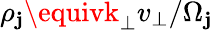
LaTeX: \rho_{\mathbf{j}}\equivk_{\perp}v_{\perp}/\Omega_{\mathbf{j}}